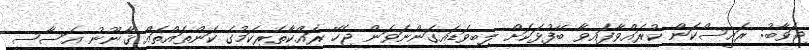
ޖަވާބު: ރައީސްކަން ކުރައްވާފައިވާ ބޭފުޅަކަށް ލިބިވަޑައިގަންނަވަން ޖެހޭ ރައްކާތެރިކަމުގެ ކަންތައްތައް ޤާނޫނު އަސާސީ